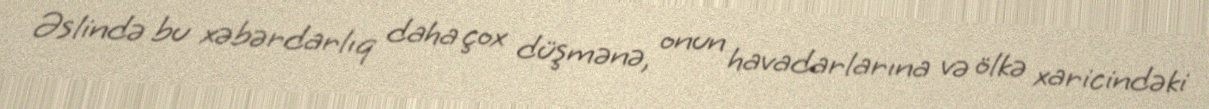
Əslində bu xəbərdarlıq daha çox düşmənə, onun havadarlarına və ölkə xaricindəki